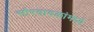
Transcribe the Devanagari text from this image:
सौरवादळांमध्ये